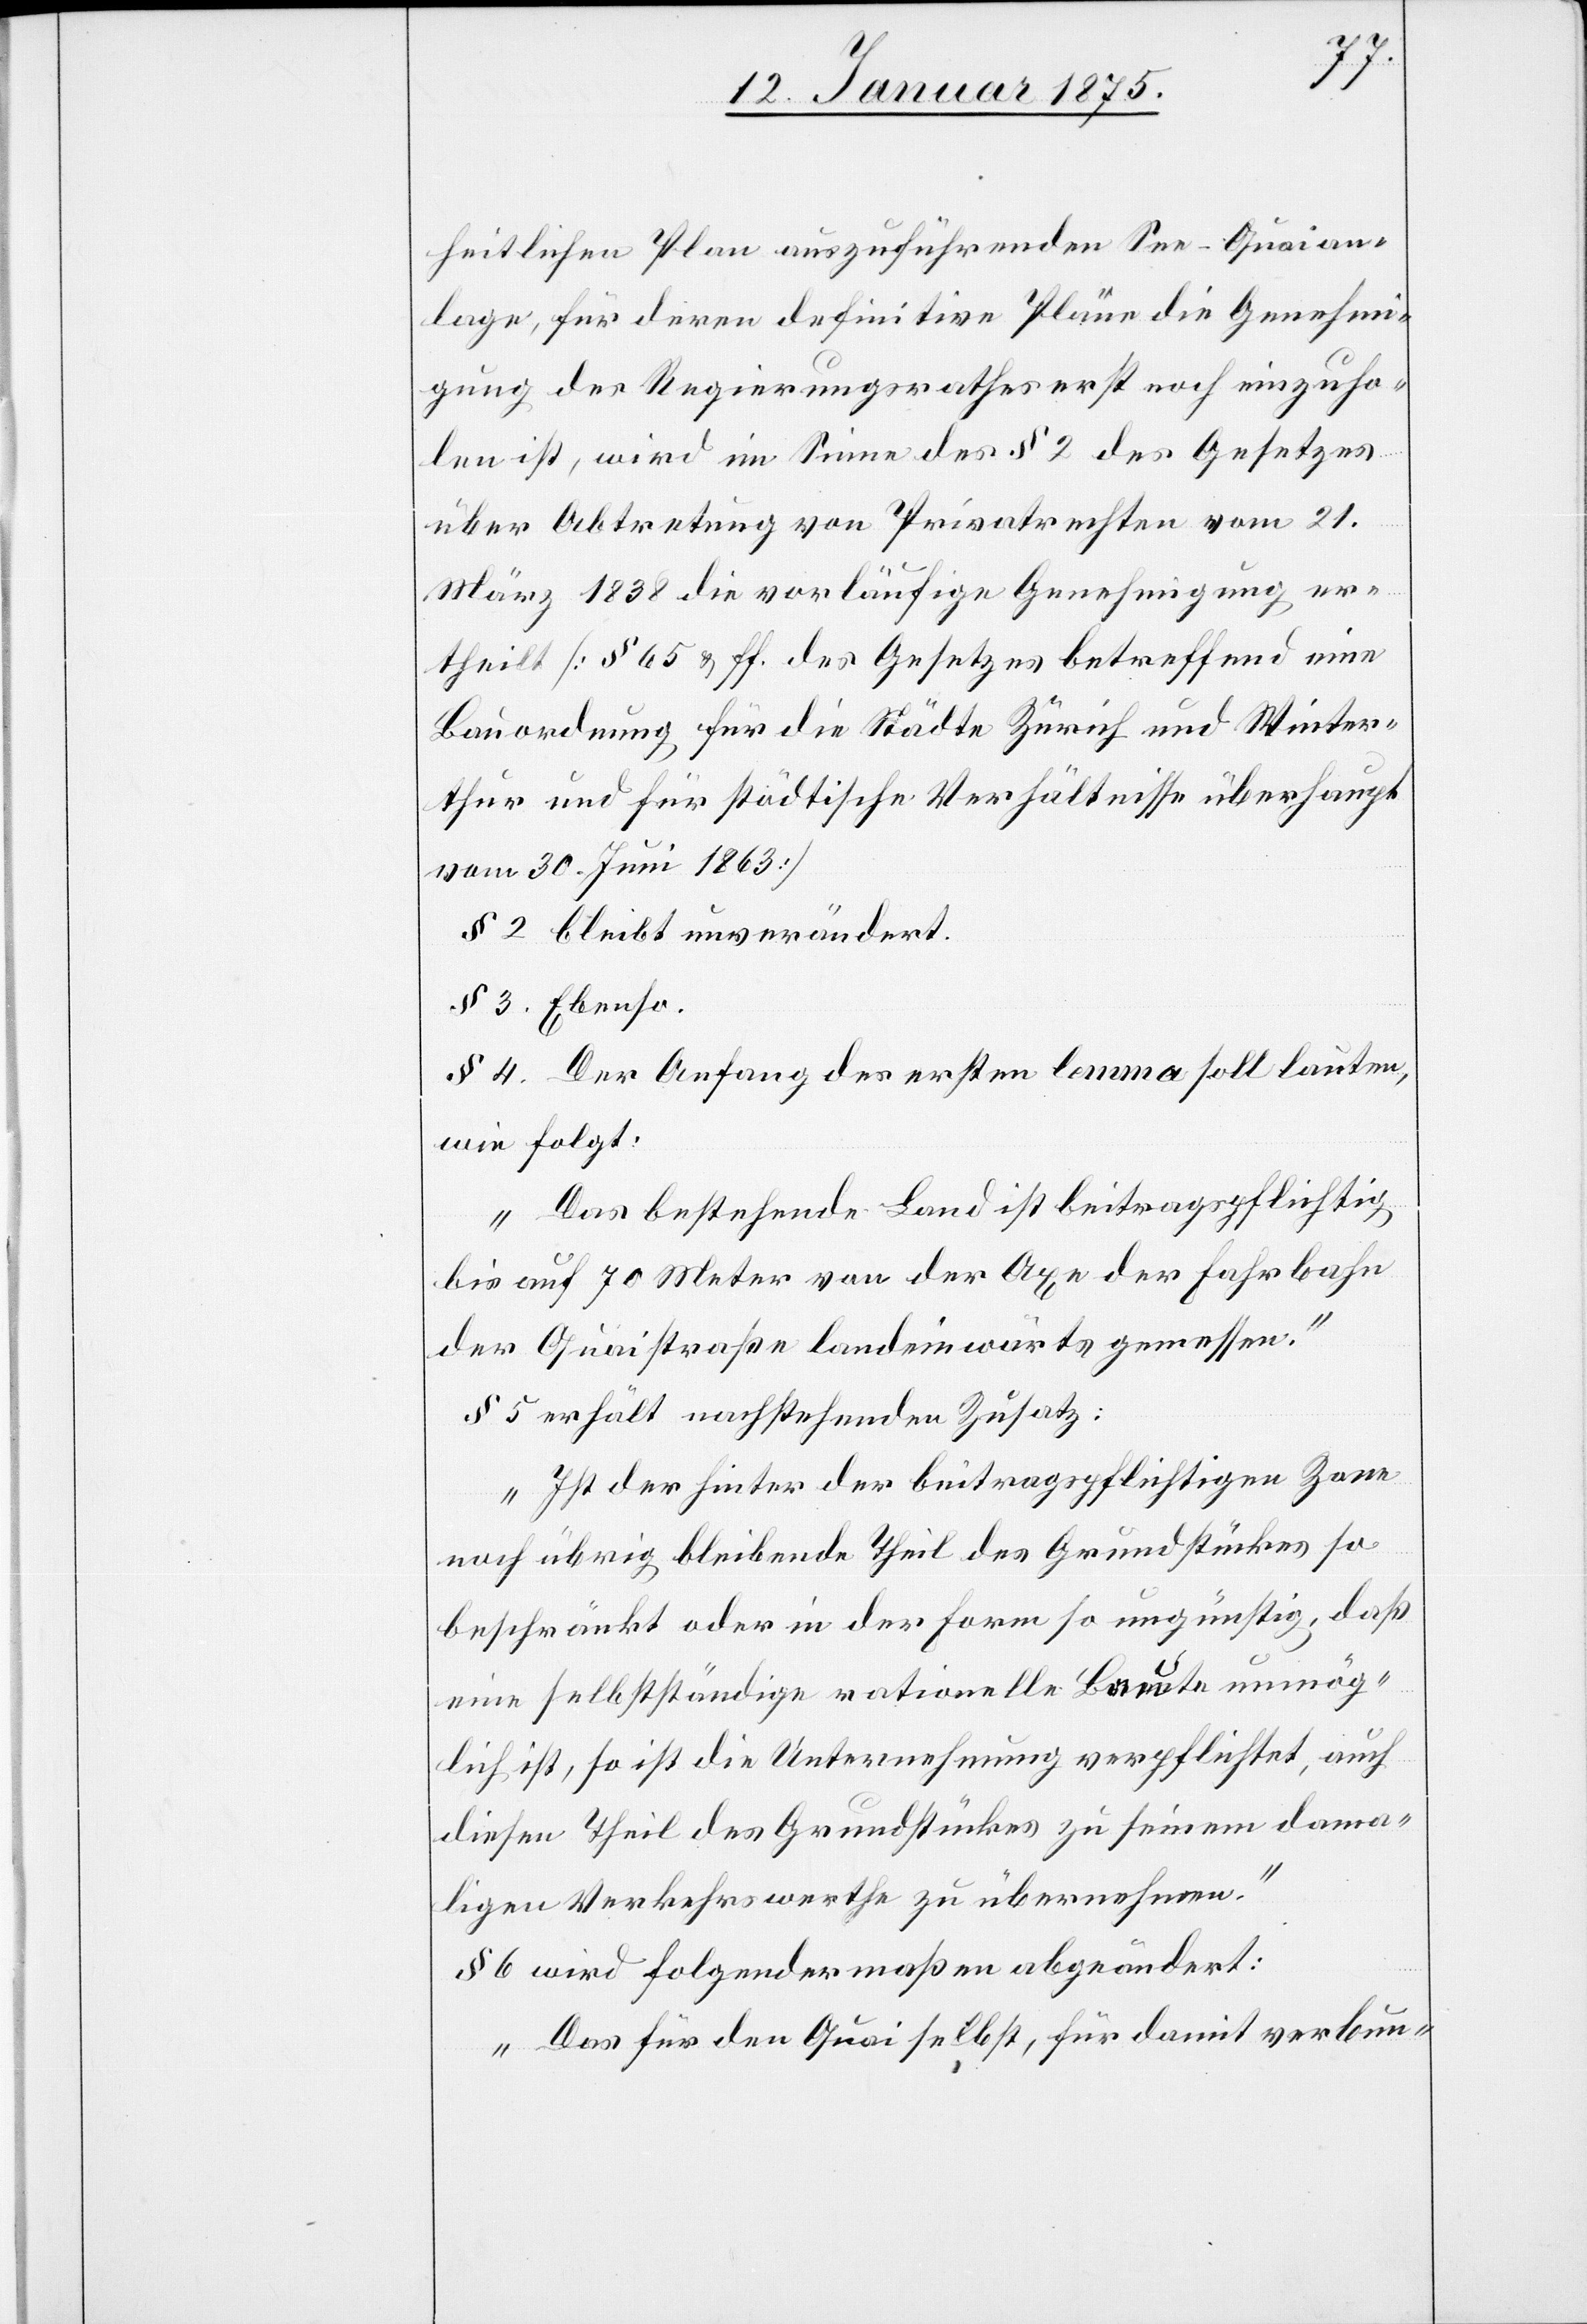
heitlichen Plan auszuführenden See-Quaian¬
lage, für deren definitive Pläne die Genehmi¬
gung des Regierungsrathes erst noch einzuho¬
len ist, wird im Sinne des § 2 des Gesetzes
über Abtretung von Privatrechten vom 21.
März 1838 die vorläufige Genehmigung er¬
theilt (§ 65 u. ff. des Gesetzes betreffend eine
Bauordnung für die Städte Zürich und Winter¬
thur und für städtische Verhältnisse überhaupt
vom 30. Juni 1863)
§ 2. bleibt unverändert.
§ 3. Ebenso.
§ 4. Der Anfang des ersten lemma soll lauten,
wie folgt:
„Das bestehende Land ist beitragspflichtig,
bis auf 70 Meter von der Axe der Fahrbahn
der Quaistraße landeinwärts gemessen.“
§ 5 erhält nachstehenden Zusatz:
„Ist der hinter der beitragspflichtigen Zone
noch übrig bleibende Theil des Grundstückes so
beschränkt oder in der Form so ungünstig, daß
eine selbstständige rationelle Baute unmög¬
lich ist, so ist die Unternehmung verpflichtet, auch
diesen Theil des Grundstückes zu seinem dama¬
ligen Verkehrswerthe zu übernehmen.“
§ 6 wird folgendermaßen abgeändert:
„Das für den Quai selbst, für damit verbun-